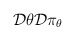
\begin{align*} {\cal D} \theta {\cal D} \pi_\theta\end{align*}